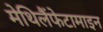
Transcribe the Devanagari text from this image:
मेथिलैंफेटामाइन